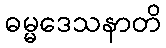
ဓမ္မဒေသနာတိ